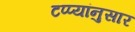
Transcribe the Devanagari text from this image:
टप्प्यांनुसार